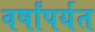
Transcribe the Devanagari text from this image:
वर्षांपर्यत